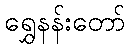
ရွှေနန်းတော်